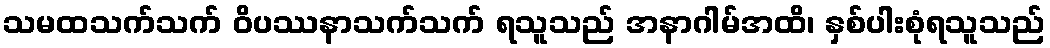
သမထသက်သက် ဝိပဿနာသက်သက် ရသူသည် အနာဂါမ်အထိ၊ နှစ်ပါးစုံရသူသည်